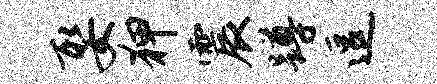
娶狎震蹲逗